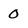
Character: 0